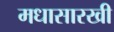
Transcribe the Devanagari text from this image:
मधासारखी